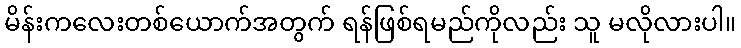
မိန်းကလေးတစ်ယောက်အတွက် ရန်ဖြစ်ရမည်ကိုလည်း သူ မလိုလားပါ။